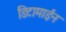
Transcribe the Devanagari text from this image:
डिटामाईन